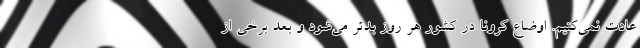
عادت نمی‌کنیم. اوضاع کرونا در کشور هر روز بدتر می‌شود و بعد برخی از